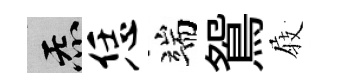
炁恁端鴛𡲆